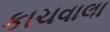
કાચવાલા